Problem: 8 × 8 = ?
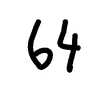
Handwritten answer: 64